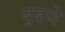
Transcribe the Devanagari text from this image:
बुडणे